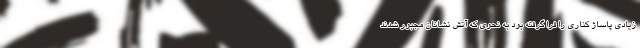
زیادی پاساژ کناری را فرا گرفته بود به نحوی که آتش نشانان مجبور شدند